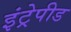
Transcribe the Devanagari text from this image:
इंट्रेपीड